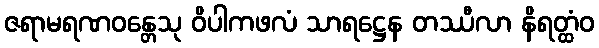
ဇရာမရဏဝန္တေသု ဝိပါကဖလံ သာရဋ္ဌေန တဿီလာ နိရတ္ထံဝ